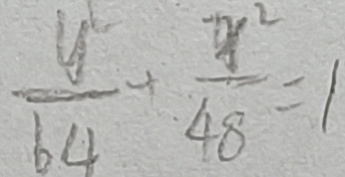
\frac { y ^ { 2 } } { 6 4 } + \frac { x ^ { 2 } } { 4 8 } = 1